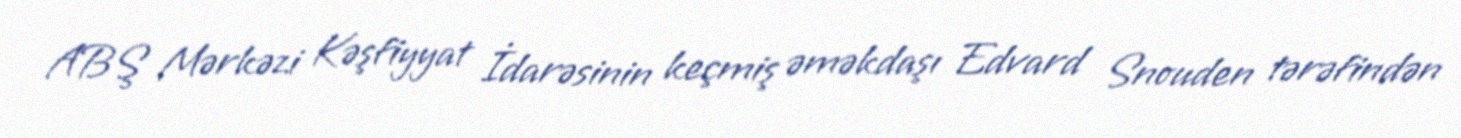
ABŞ Mərkəzi Kəşfiyyat İdarəsinin keçmiş əməkdaşı Edvard Snouden tərəfindən